Scottish Leaving Certificate Examination, 1960
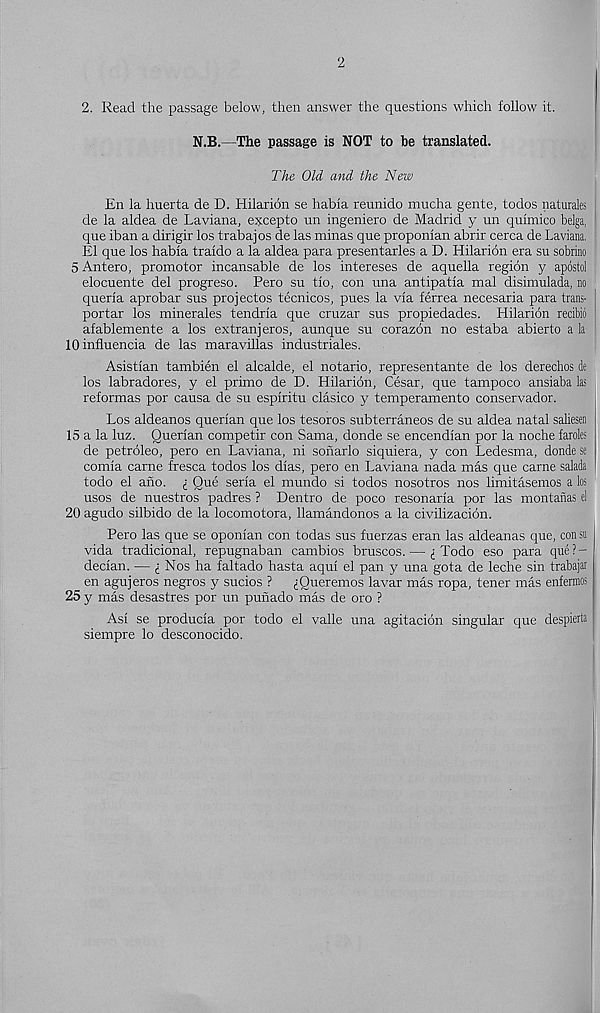
2
2. Read the passage below, then answer the questions which follow it.
N.B.—The passage is NOT to he translated.
The Old and the New
En la huerta de D. Hilaridn se habia reunido mucha gente, todos naturals
de la aldea de Laviana, excepto un ingeniero de Madrid y un quimico belga,
que iban a dirigir los trabajos de las minas que proponian abrir cerca de Laviana,
El que los habia traldo a la aldea para presentarles a D. Hilarion era su sobrino
5 Antero, promotor incansable de los intereses de aquella region y apostol
elocuente del progreso. Pero su tio, con una antipatia mal disimulada, no
queria aprobar sus projectos tecnicos, pues la via ferrea necesaria para trans-
portar los minerales tendria que cruzar sus propiedades. Hilarion recibio
afablemente a los extranjeros, aunque su corazon no estaba abierto a la
lOinfluencia de las maravillas industriales.
Asistian tambien el alcalde, el notario, representante de los derechos de
los labradores, y el primo de D. Hilaribn, Cesar, que tampoco ansiaba las
reformas por causa de su espiritu clasico y temperamento conservador.
Los aldeanos querian que los tesoros subterraneos de su aldea natal saliesen
15 a la luz. Querian competir con Sama, donde se encendian por la noche faroles
de petroleo, pero en Laviana, ni sonarlo siquiera, y con Ledesma, donde se
comia carne fresca todos los dias, pero en Laviana nada mas que carne salada
todo el ano. £ Que serla el mundo si todos nosotros nos limitasemos a los
usos de nuestros padres ? Dentro de poco resonaria por las montanas el
20 agudo silbido de la locomotora, llamandonos a la civilizacion.
Pero las que se oponian con todas sus fuerzas eran las aldeanas que, con so
vida tradicional, repugnaban cambios bruscos. — ^ Todo eso para que?-
decian. — i Nos ha faltado hasta aqui el pan y una gota de leche sin trabajar
en agujeros negros y sucios ? iOueremos lavar mas ropa, tener mas enfermos
25 y mas desastres por un punado mas de oro ?
Asi se producia por todo el valle una agitacidn singular que despierta
siempre lo desconocido.